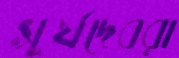
সূর্যদেবরা